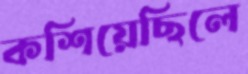
কশিয়েছিলে